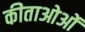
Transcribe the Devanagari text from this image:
कीताओओं